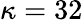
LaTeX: \kappa=32